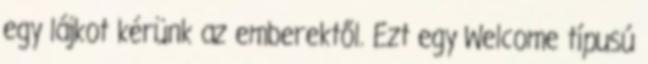
egy lájkot kérünk az emberektől. Ezt egy Welcome típusú